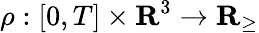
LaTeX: \rho:[0,T]\times\mathbf{R}^{3}\rightarrow{\mathbf{R}}_{\ge}